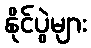
နိုင်ပွဲများ